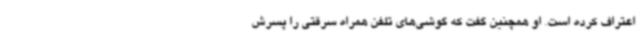
اعتراف کرده است. او همچنین گفت که گوشی‌های تلفن همراه سرقتی را پسرش